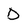
Character: D